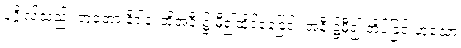
ပုဂ္ဂိုလ်သည်။ တတော နိဒါနံ၊ ထိုအနီး၌ မှီ၍ထိုင်နေခြင်း အနီး၌မှီ၍ အိပ်ခြင်းဟူသော